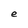
Character: e